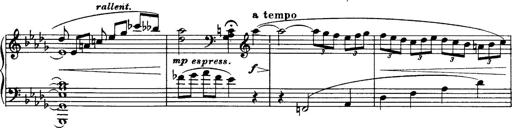
Title: 3 Sonatinas, Op.67
Composer: Jean Sibelius